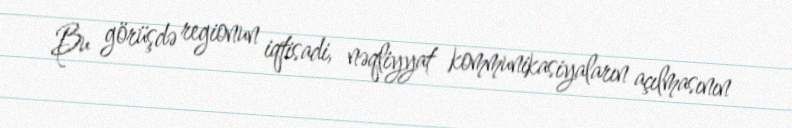
Bu görüşdə regionun iqtisadi, nəqliyyat kommunikasiyaların açılmasının